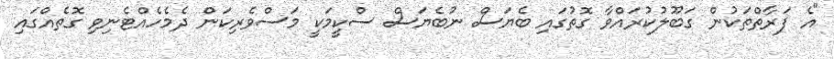
"އެ ފަރާތްތަކުން ގަބޫލުކުރައްވާ ގޮތުގައި ބެޔަސް ނުބެޔަސް ސްކީމަކީ މަސްވެރިކަން ދެމެހެއްޓެނިވި ގޮތެއްގައި